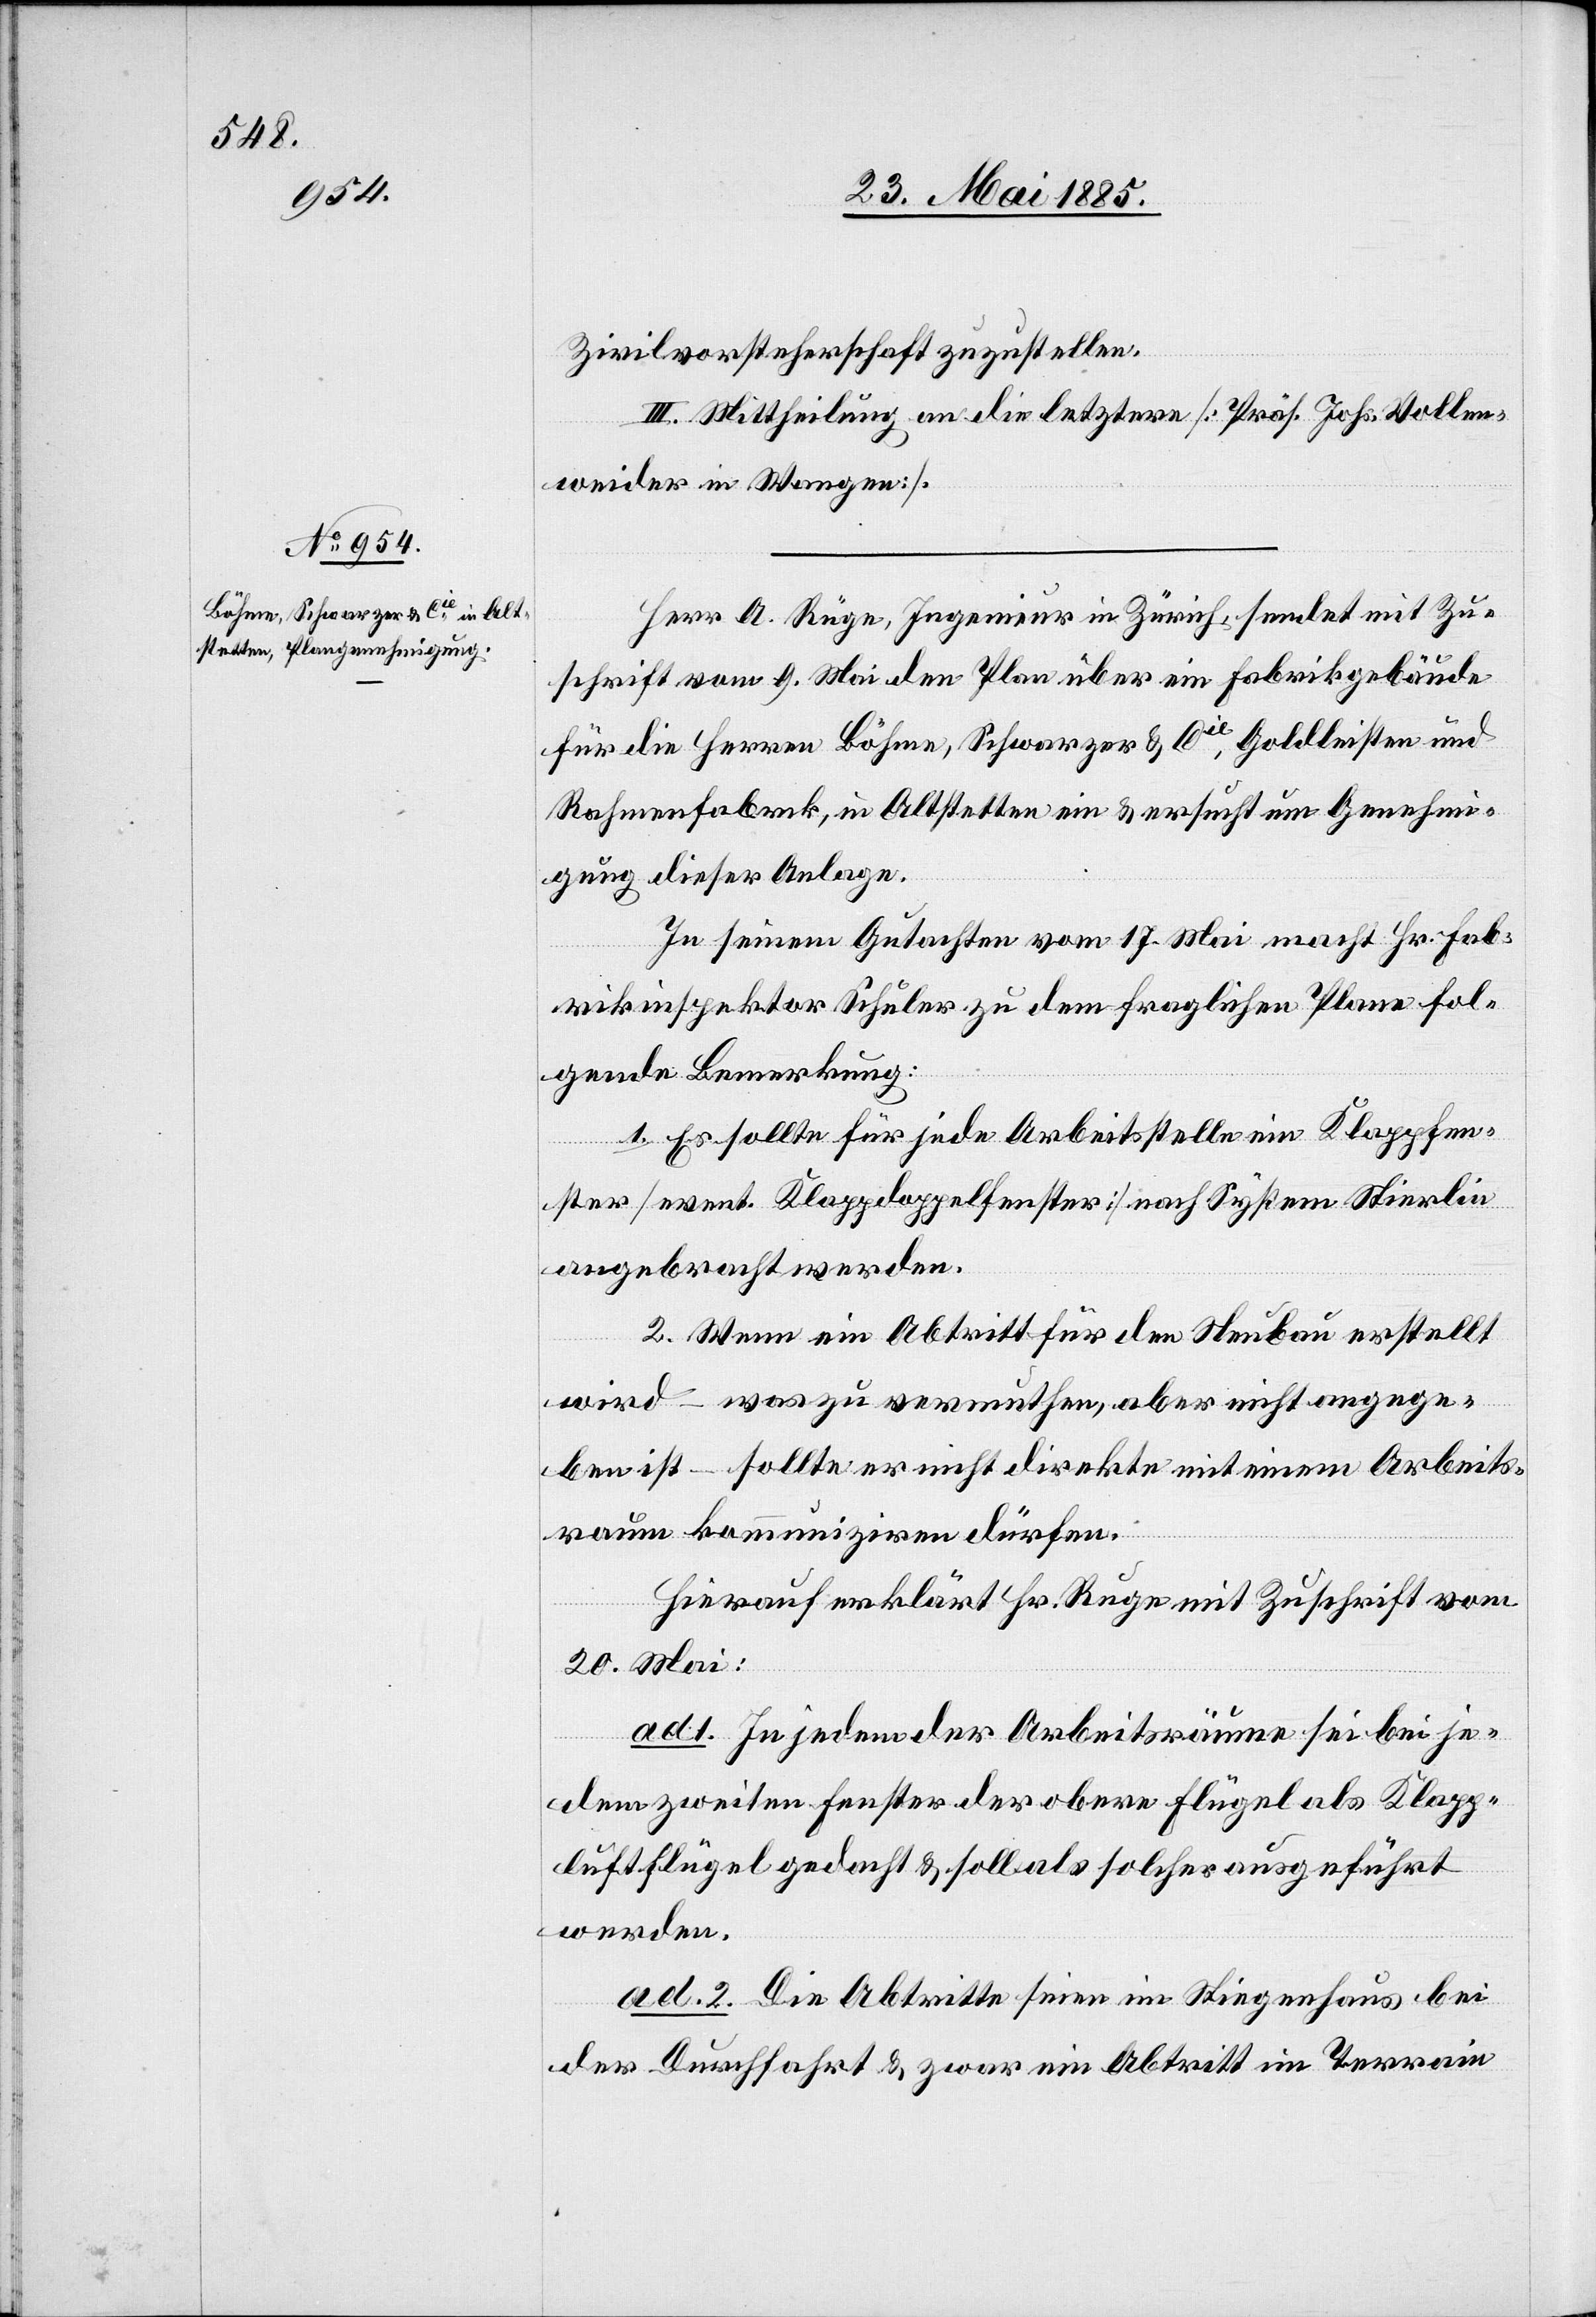
Zivilvorsteherschaft zuzustellen.
III. Mittheilung an die letztere [Präs. Johs. Vollen¬
weider in Wangen].
Herr A. Rüge, Ingenieur in Zürich, sendet mit Zu¬
schrift vom 9. Mai den Plan über ein Fabrikgebäude
für die Herren Böhme, Schwarzer & Cie, Goldleisten und
Rahmenfabrik, in Altstetten ein & ersucht um Genehmi¬
gung dieser Anlage.
In seinem Gutachten vom 17. Mai macht Hr. Fab¬
rikinspektor Schuler zu dem fraglichen Plane fol¬
gende Bemerkung:
1. Es sollte für jede Arbeitsstelle ein Klappfen¬
ster [event. Klappdoppelfenster] nach System Stierlin
angebracht werden.
2. Wenn ein Abtritt für den Neubau erstellt
wird – was zu vermuthen, aber nicht angege¬
ben ist – sollte er nicht direkte mit einem Arbeits¬
raum kommuniziren dürfen.
Hierauf erklärt Hr. Rüge mit Zuschrift vom
20. Mai:
ad 1. In jedem der Arbeitsräume sei bei je¬
dem zweiten Fenster der obere Flügel als Klapp¬
luftflügel gedacht & soll als solcher ausgeführt
werden.
ad 2. Die Abtritte seien im Stiegenhaus bei
der Durchfahrt & zwar ein Abtritt im Terrain